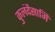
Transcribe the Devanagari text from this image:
कुलंदैसामि